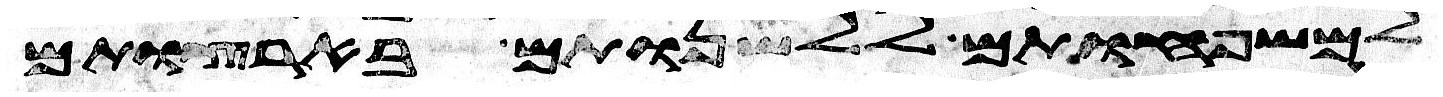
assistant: למשפחותם ללשנותם בארצותם